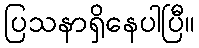
ပြသနာရှိနေပါပြီ။